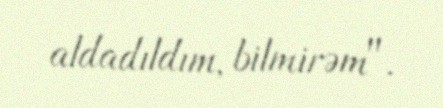
aldadıldım, bilmirəm".